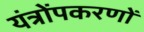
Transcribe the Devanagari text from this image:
यंत्रोंपकरणों